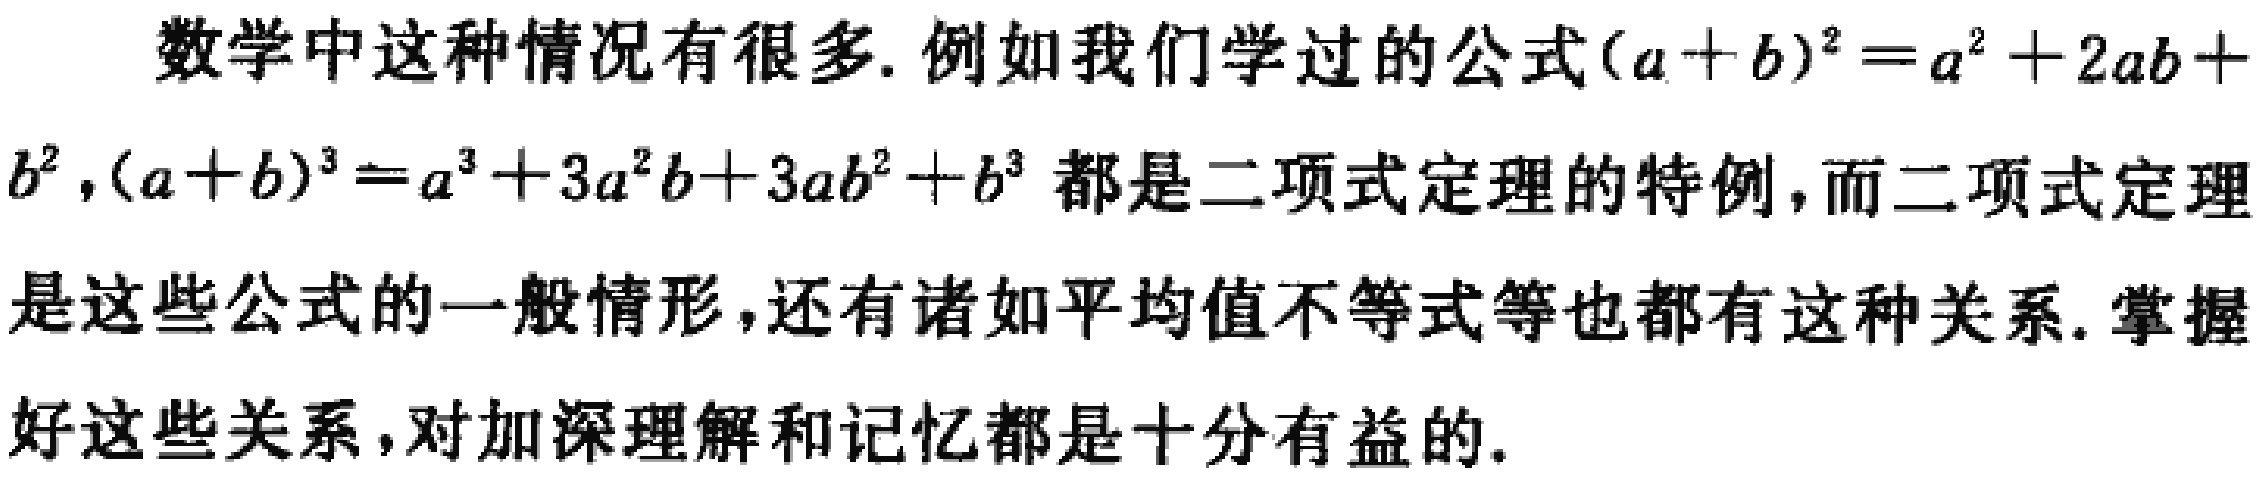
数学中这种情况有很多. 例如我们学过的公式\((a + b)^2 = a^2 + 2ab + b^2\)，\((a + b)^3 = a^3 + 3a^2b + 3ab^2 + b^3\)都是二项式定理的特例，而二项式定理是这些公式的一般情形，还有诸如平均值不等式等也都有这种关系. 掌握好这些关系，对加深理解和记忆都是十分有益的.